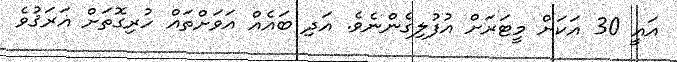
އައީ 30 އަކަށް މީޓަރަށް އުފުލިގެންނެވެ. އަދި ބައެއް އަވަށްތައް ހުރިގޮތަށް ޣަރަޤުވެ